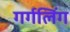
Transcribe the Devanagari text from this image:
गर्गलिंग